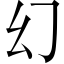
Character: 幻